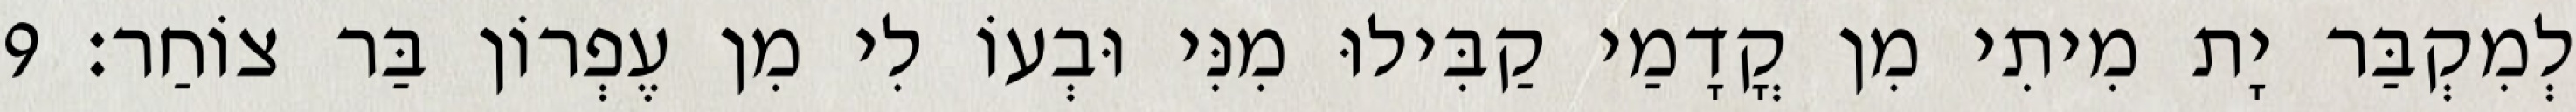
לְמִקְבַּר יָת מִיתִי מִן קֳדָמַי קַבִּילוּ מִנִּי וּבְעוֹ לִי מִן עֶפְרוֹן בַּר צוֹחַר׃ 9